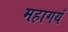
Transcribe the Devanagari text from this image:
महागयं